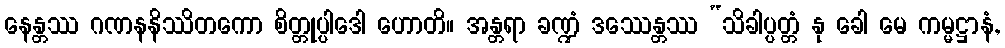
နေန္တဿ ဂဏနနိဿိတကော စိတ္တုပ္ပါဒေါ ဟောတိ။ အန္တရာ ခဏ္ဍံ ဒဿေန္တဿ “သိခါပ္ပတ္တံ နု ခေါ မေ ကမ္မဋ္ဌာနံ,